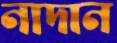
নাদান